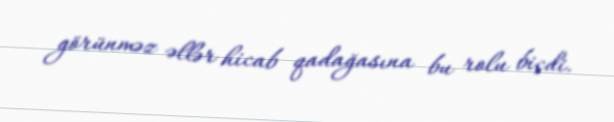
görünməz əllər hicab qadağasına bu rolu biçdi.